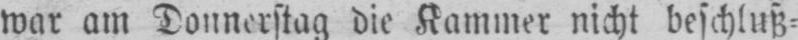
war am Donnerstag die Kammer nicht beschluß⸗